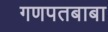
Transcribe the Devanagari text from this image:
गणपतबाबा